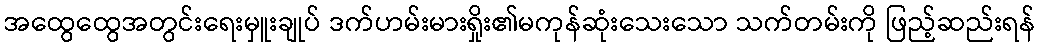
အထွေထွေအတွင်းရေးမှူးချုပ် ဒက်ဟမ်းမားရှိုး၏မကုန်ဆုံးသေးသော သက်တမ်းကို ဖြည့်ဆည်းရန်